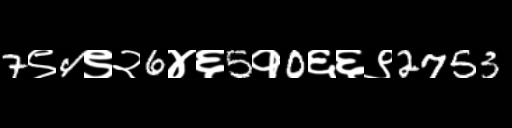
Text: 7९4९२6४६5१0६६९2753